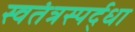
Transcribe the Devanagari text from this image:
स्वतंत्रस्पर्द्धा